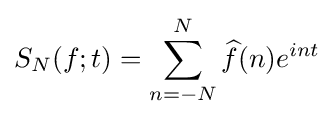
S_{N}(f;t)=\sum _{n=-N}^{N}{\widehat {f}}(n)e^{int}